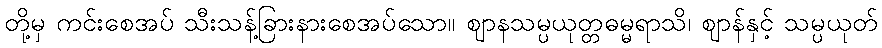
တို့မှ ကင်းစေအပ် သီးသန့်ခြားနားစေအပ်သော။ ဈာနသမ္ပယုတ္တဓမ္မရာသိ၊ ဈာန်နှင့် သမ္ပယုတ်